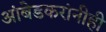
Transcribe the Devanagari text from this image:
आंबेडकरांनीही